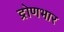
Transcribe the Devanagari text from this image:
द्रोणभार